King Institute of Preventive Medicine Bacteriolog. Section reports 1907-08
Year: 1907
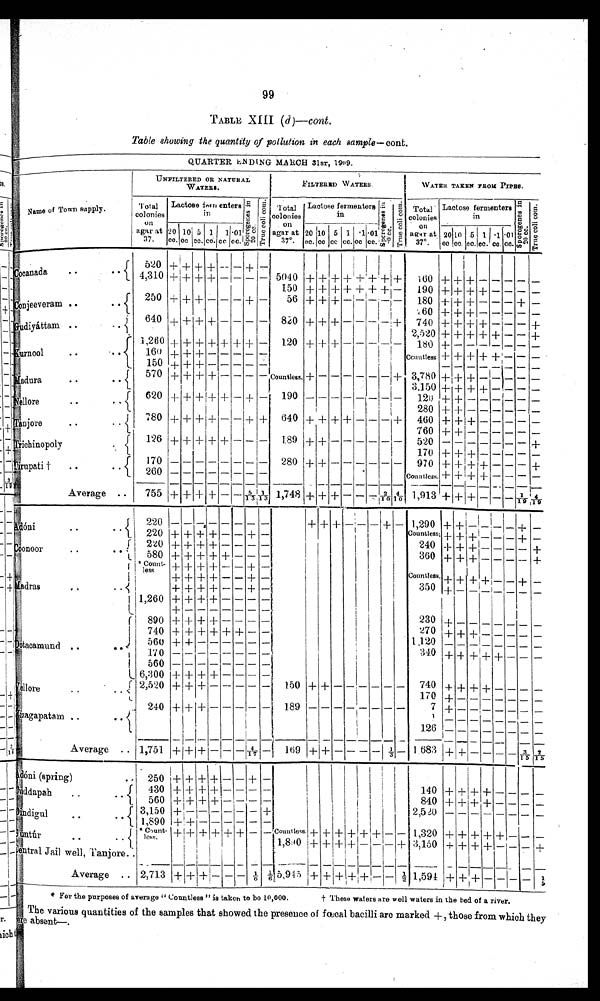
99
TABLE XIII (d)—cont.
Table showing the quantity of pollution in each sample—cont.
QUARTER ENDING MARCH 31ST, 1909.
Namr of Town supply.
UNFILTERED OR NATURAL
WATERS.
FILTERED WATERS.
WATER TAKEN FROM PIPES.
Total
colonies
on
agar at
37.
Lactose farn enters
i n
Sp o r o g e n e s i n 2 0 c c . T r u e c o l i c o m .
Total
colonies
on
agar at
37°.
Lactose fermenters
in
S p o r o g e n e s i n 2 0 c c .
T r u e c o l i c o m .
Total
colonies
on
agar at
37°.
Lactose fermenters
in
S p o r o g e n e s i n 2 0 c c . T r u e c o l i c o m.
20 10 5
1 1 .01
20 10 5 1 .1 .01
20 10 5 1 .1 .01
cc.
cc. cc.
cc. cc.
cc cc.
cc.
cc.
cc. cc.
cc. cc. cc. cc.
cc
cc.
cc.
C o c a n a d a
. .
. .
520 +
+
+ +
– – +
—
+ +
–
+
+
160
+
+ +
+
+
+
– –
4,310
–
5040 +
–
–
+
—
+
+ +
– –
190
— —
150 + + + + + +
+ –
+ +
+ +
–
–
– – + –
+
– 180
+
Conjeeveram ..
..
250 + + +
–
56 +
+ – – –
+ + +
– – –
—
–
260 +
+ – – –
–
+
–
820
+
– –
+
740
+
640
+ + +
— –
– –
+ +
–
—
+ + +
–
– +
+
–
Gudiyáttam .. ..
+
– –
+
2,520 + + +
+
120 + +
+
–
–
– –
–
–
+ +
+
—
180 +
–
–
Kurnool ..
1,260 + +
+ +
–
–
–
–
+ + + + – – –
160
+ + –
–
– –
Countless +
+
—
– –
–
–
–
–
150
+
– – –
– –
– –
+ +
–
+
– –
–
3,780
+
–
–
–
+ – – –
+ +
Madura .. ..
570
+ + + – –
– – Countless.
–
–
+
+ –
–
3,150 + + +
–
–
– –
– – – –
–
–
+ + + + +
+
190
–
120 + + –
–
–
620
—
–
– –
Nellore .. ..
280
+ – – – – – –
+
– +
+ +
– –
+
–
780 + +
+ – – + +
640
+ +
460 + +
– – –
–
+
Tanjore .. ..
760 + + – – – – – –
—
189 +
–
–
126 + + + +
++
– –
+ – – – –
520
– – –
–
+
– –
–
Trichinopoly ..
170 +
+ – – – – –
+
170
– –
–
– –
–
970 + +
+
+
– – +
Tirupati † ..
– –
–
280 + + –
–
–
– –
–
Countless.
+ + + +
–
–
260
–
– –
–
–
–
– –
–
–
+
– – 2 / 1 0
4 / 1 0
+ +
4 / 1 9
+ +
+ – – – 1 / 1 9
1,913
755 + + + + – –
5 / 1 3 1 / 1 3 1,748
–
Average
Adóni .. ..
220
– –
– – –
–
–
–
+ + +
– – – + – 1,290
+ + – – – – + –
Countless; + +
+ – – – +
220
+ +
– – +
–
—
+ +
240
+
+
+
– –
– –
+
–
– –
Coonoor
..
..
220
+ + + +
–
360
580
+
–
–
+ + +
–
– – – +
+
+
+
–
+
*Count– l e s s
+
+
M a d r a s . . . . . .
+ +
+
– –
–
+ +
–
Countless. +
+
– +
+
–
+
–
–
+ +
+
–
350
+ – –
– –
–
–
–
+
+ + + – – +
–
1,260
–
+
+
+
– –
–
+ +
+
–
–
–
–
–
–
–
2 3 0
–
+
–
–
–
– –
890
+ +
– – –
–
+
–
D o t a c a m u n d . . . .
+
270
+ + – – –
+
—
740 +
+
+ +
+
–
–
+
–
1,120
–
– – – –
560 +
– –
–
– –
–
–
–
+
–
340
+
+
+ + +
–
–
–
–
–
–
–
170
– –
– –
560
–
–
–
–
–
–
–
–
6,300 + + + +
–
– –
–
+ + –
– – –
– – 740
+
–
–
–
+ +
+
150
—
— —
Vellore
..
..
2,520 + + +
– – –
1 7 0
+
–
– – – –
–
–
– – –
–
– –
7
–
– –
Vizagapatam ..
. .
240 + +
+ – –
–
–
– 189
– –
+
–
–
–
–
0
– –
–
–
– –
–
–
126
– – – – – –
–
–
Average . .
Adóni (spring)
+ – – – – 1 / 3 – 1,683
1,751 +
+
– 169
+
–
3 / 1 5
2 / 1 5
– –
– 4 / 1 7
+ + –
–
+
–
250 + + + +
– –
+ –
+
140
+ + +
– –
–
–
Duddapah
..
..
430 +
+ + +
– –
– –
840
+
–
–
– –
+
+ + – –
–
560
+ + +
+
–
2,520 –
– –
– – –
–
–
3,150
– –
– –
–
Dindigul
..
..
–
– –
–
1,890
+ + –
–
–
+ + + +
1,320
+
–
–
–
+ + + + + + + – –
+ + + +
–
C o u n t l e s s .
Guntúr ..
* C o u n t –
less.
+
–
+
1 1,890 +
+ 3,150 + + + +
–
+
+ + +
+ – –
– –
Central Jail well, Tanjore
–
–
+
+ +
– –
+
+
–
–
1 / 5
1 / 6
5,945
+
+ +
½
+
–
1 / 6
1,594
+ –
–
Average .. 2,713
+ +
* For the purposes of average "Countless" is taken to be 10,000.
† These waters are well waters in the bed of a river.
The various quantities of the samples that showed the presence of fœcal bacilli are marked +, those from which they
a r e a b s e n t — .